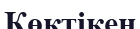
Көктікен